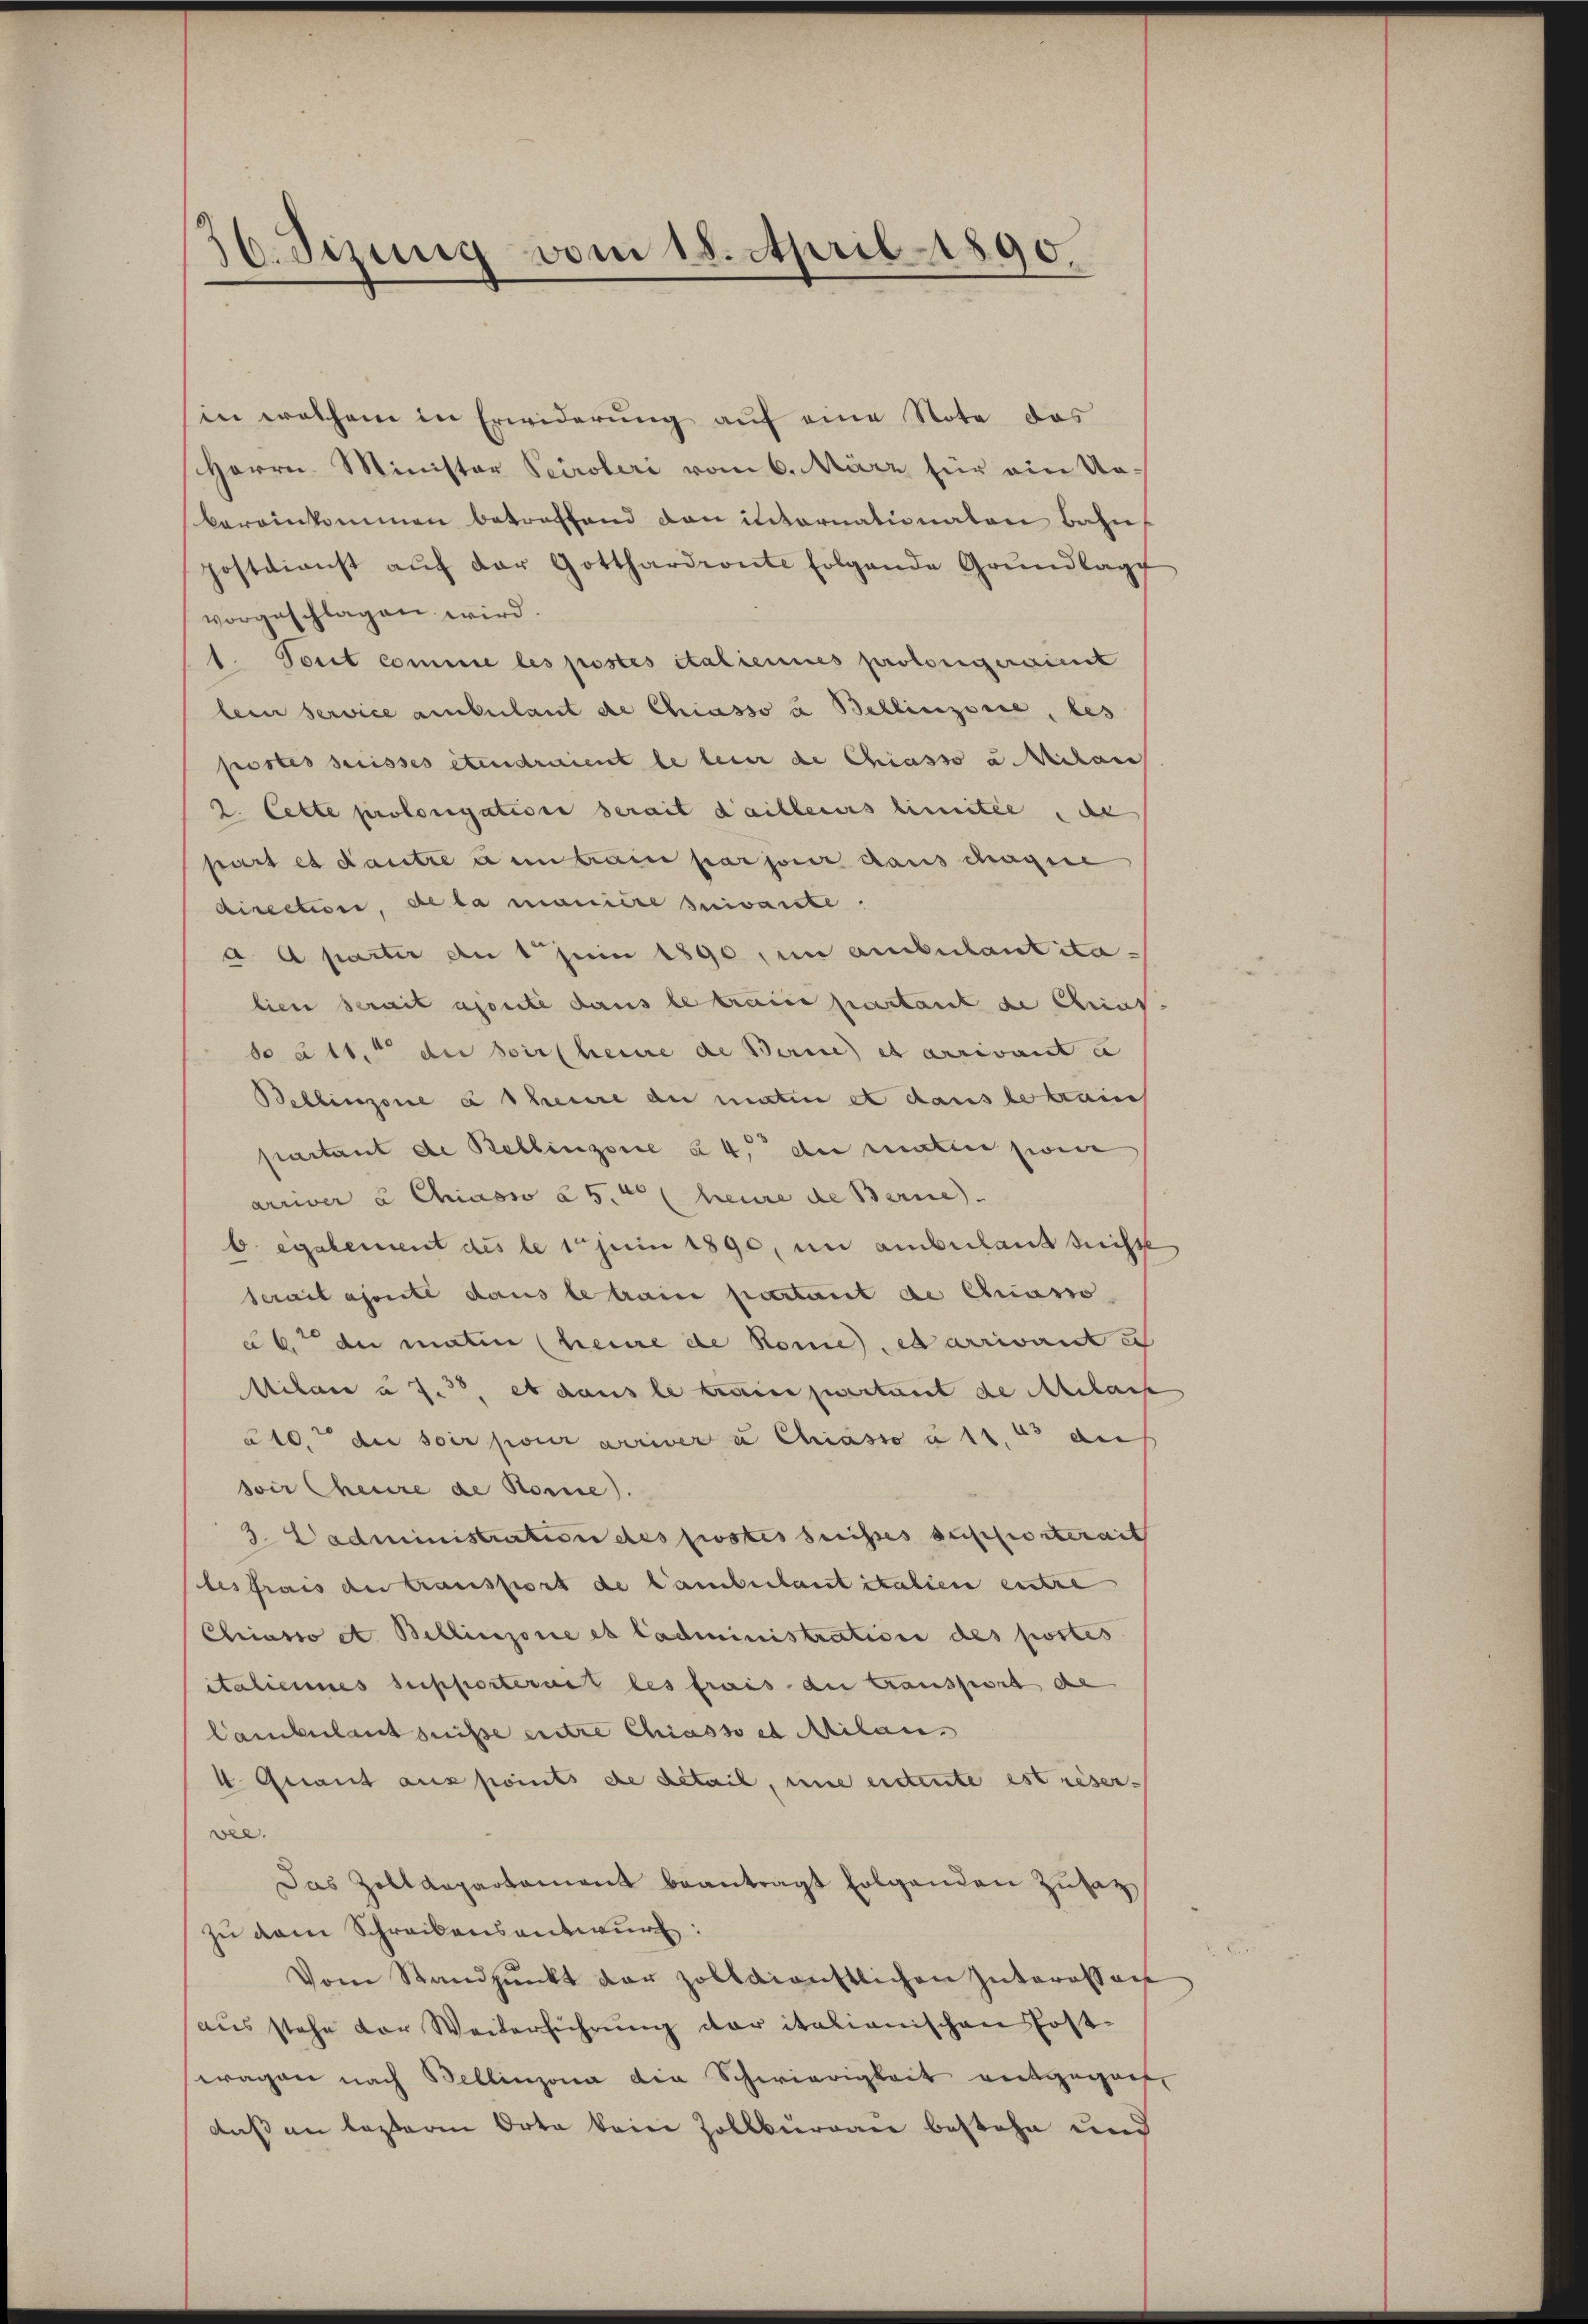
36. Jezung vom 18. April 1890.

in welchem in Erwiderung auf eine Note das
Herrn Minister Peiroleri vom 6. März für ein Nobereinkommen betreffend dan internationalen Bahn
postdienst aŭf der Gotthardionte folgende Grŭndlage
vorgeschlagen wird.
1. Tout comme les postes italiennes prolongeraient
lein service ambulant de Chiasso u Bellinzonie, bes
postes suisses etendraient le bei de Chiasso u. Milan
2. Cette prolongatione serait d’ailleurs limitee de
part es dautre a en train personer dans chagie
direction, de la manière suivante:
a a parter an 1 Juni 1890, im ambulantitabiere serait aponte dans le traire partant de Christ-
do a 11. di dir heime de Berne et arrivant u
Bellinzone à theure an matin et dans le trauch
partant de Bellinzone à 4. der maten sonde
arriver à Chiasso à 5. (heure de Berne.
b egalement des le 10 Juni 1890, im amberlandtnisse
serait ajoute dans le train partant de Classo
ab. di matin (heure de Rome et arrivant e
Milare u f. 33, et dans le trainpartant de Milasse
a 10. die soir pour arriver u Chiasso a 12. es auf
sir Cheure de Kome).
3. Dadministration des postes heisses aufhörterait
les frais der transport de Lamberlaut italien entre
Chiasso ct. Bellinzonie es administration des postes
italiennes supporterart les frais der Gransport de
Cambulant suise entre Chiasso et Milan
4. Quant aus points de detail, une eitente est reser-
vee.
Das Zolldepartament beantragt folgenden Zusatz
zu dem Schreibensantwurf:
Vom Standpŭnkt dar zolldienstlichen Interessan
aus stehe der Weiterführŭng der italianischen Post-
tragen nach Bellinzona die Schwierigkeit entgegnet,
daß an lezteren Orte kein Zollkurgau bestehe und